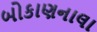
બોકાણનાલા